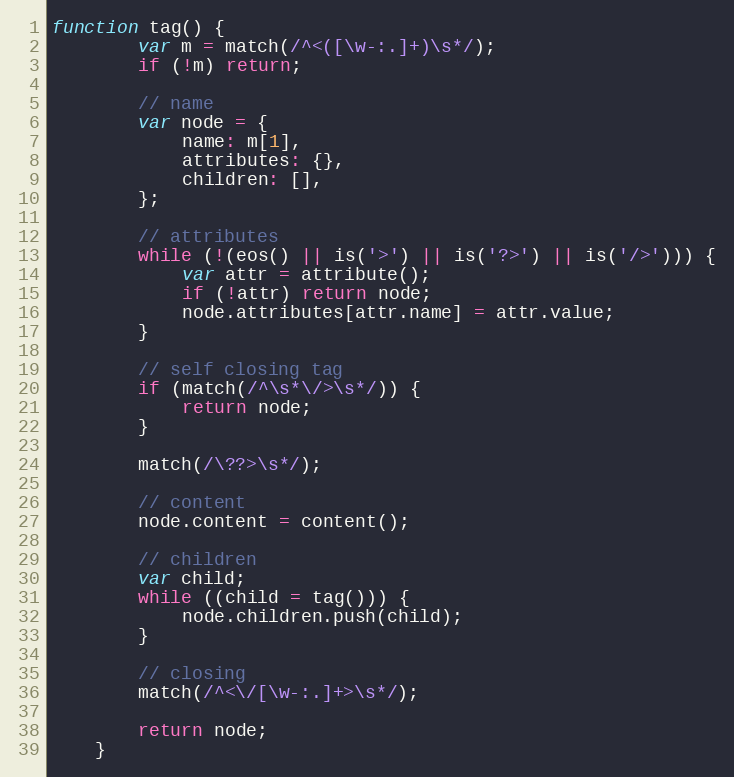
Language: JavaScript
function tag() {
		var m = match(/^<([\w-:.]+)\s*/);
		if (!m) return;

		// name
		var node = {
			name: m[1],
			attributes: {},
			children: [],
		};

		// attributes
		while (!(eos() || is('>') || is('?>') || is('/>'))) {
			var attr = attribute();
			if (!attr) return node;
			node.attributes[attr.name] = attr.value;
		}

		// self closing tag
		if (match(/^\s*\/>\s*/)) {
			return node;
		}

		match(/\??>\s*/);

		// content
		node.content = content();

		// children
		var child;
		while ((child = tag())) {
			node.children.push(child);
		}

		// closing
		match(/^<\/[\w-:.]+>\s*/);

		return node;
	}